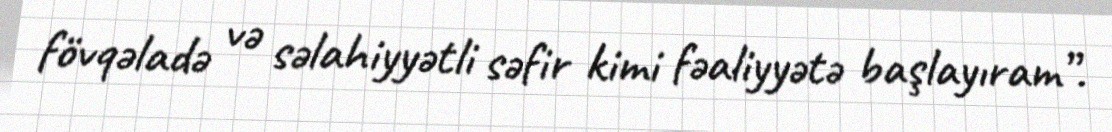
fövqəladə və səlahiyyətli səfir kimi fəaliyyətə başlayıram”.